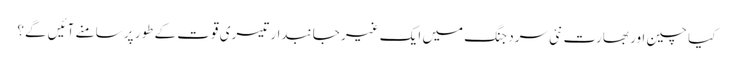
کیا چین اور بھارت نئی سرد جنگ میں ایک غیر جانبدار تیسری قوت کے طور پر سامنے آئیں گے؟